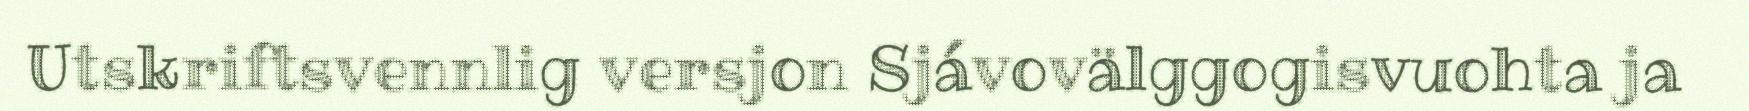
Utskriftsvennlig versjon Sjávovälggogisvuohta ja